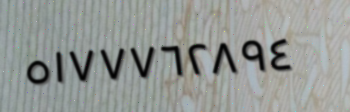
٥١٧٧٧٦٢٨٩٤